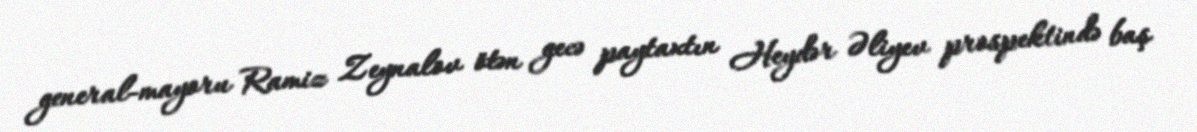
general-mayoru Ramiz Zeynalov ötən gecə paytaxtın Heydər Əliyev prospektində baş